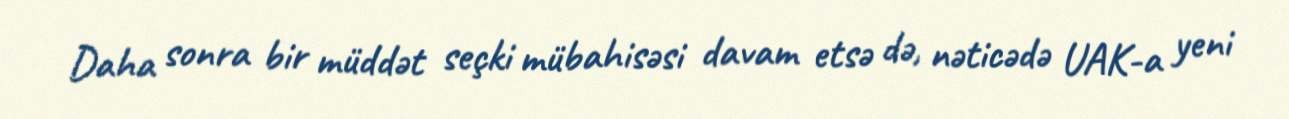
Daha sonra bir müddət seçki mübahisəsi davam etsə də, nəticədə UAK-a yeni